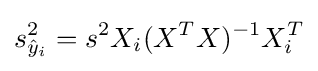
s_{{\hat {y}}_{i}}^{2}=s^{2}X_{i}(X^{T}X)^{-1}X_{i}^{T}